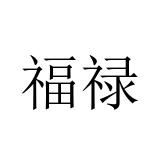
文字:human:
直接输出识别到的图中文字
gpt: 福禄